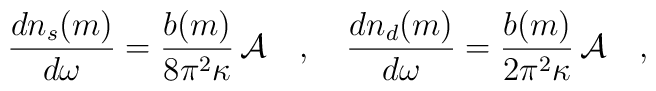
{dn_s(m) \over d\omega}= {b(m) \over 8\pi^2\kappa}\,  {\cal A}~~~,~~~{dn_d(m) \over d\omega}= {b(m) \over 2\pi^2\kappa} \,  {\cal A}~~~,